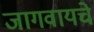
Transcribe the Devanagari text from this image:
जागवायचे